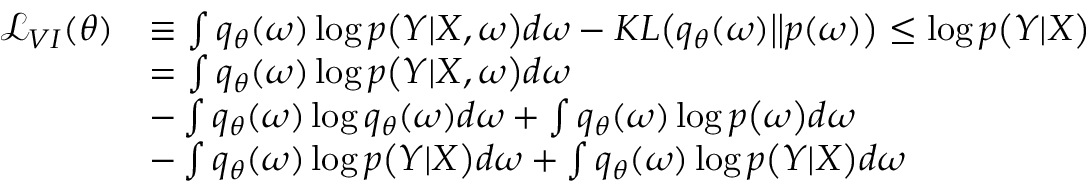
\begin{array} { r l } { \mathcal { L } _ { V I } ( \theta ) } & { \equiv \int q _ { \theta } ( \boldsymbol { \omega } ) \log p \big ( \boldsymbol { Y } | \boldsymbol { X } , \boldsymbol { \omega } \big ) d \boldsymbol { \omega } - K L \big ( q _ { \theta } ( \boldsymbol { \omega } ) \big | \big | p ( \boldsymbol { \omega } ) \big ) \leq \log p \big ( \boldsymbol { Y } | \boldsymbol { X } \big ) } \\ & { = \int q _ { \theta } ( \boldsymbol { \omega } ) \log p \big ( \boldsymbol { Y } | \boldsymbol { X } , \boldsymbol { \omega } \big ) d \boldsymbol { \omega } } \\ & { - \int q _ { \theta } ( \boldsymbol { \omega } ) \log q _ { \theta } ( \boldsymbol { \omega } ) d \boldsymbol { \omega } + \int q _ { \theta } ( \boldsymbol { \omega } ) \log p \big ( \boldsymbol { \omega } \big ) d \boldsymbol { \omega } } \\ & { - \int q _ { \theta } ( \boldsymbol { \omega } ) \log p \big ( \boldsymbol { Y } | \boldsymbol { X } \big ) d \boldsymbol { \omega } + \int q _ { \theta } ( \boldsymbol { \omega } ) \log p \big ( \boldsymbol { Y } | \boldsymbol { X } \big ) d \boldsymbol { \omega } } \end{array}